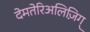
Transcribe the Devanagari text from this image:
देमतेरिअलिज़िग्